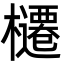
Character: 櫏